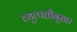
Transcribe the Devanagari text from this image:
व्युत्पत्तीनुसार